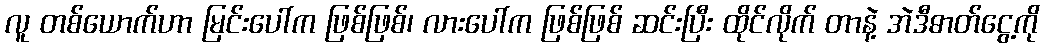
လူ တစ်ယောက်ဟာ မြင်းပေါ်က ဖြစ်ဖြစ်၊ လားပေါ်က ဖြစ်ဖြစ် ဆင်းပြီး ထိုင်လိုက် တာနဲ့ အဲဒီဓာတ်ငွေ့ကို